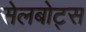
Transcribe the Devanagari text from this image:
सेलबोट्स